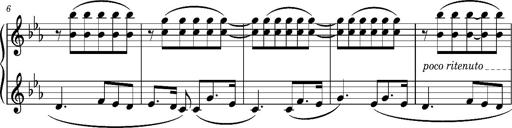
Title: La cloche sonne
Composer: Franz Liszt